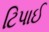
ટિપાઈ